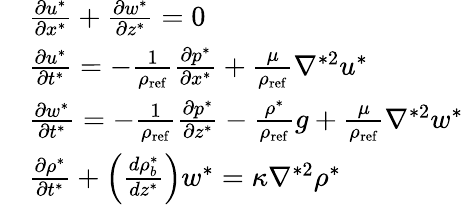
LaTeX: \begin{array}{rl}&{\frac{\partial u^{*}}{\partial x^{*}}+\frac{\partial w^{*}}{\partial z^{*}}=0}\\ &{\frac{\partial u^{*}}{\partial t^{*}}=-\frac{1}{\rho_{\mathrm{ref}}}\frac{\partial p^{*}}{\partial x^{*}}+\frac{\mu}{\rho_{\mathrm{ref}}}\nabla^{*2}u^{*}}\\ &{\frac{\partial w^{*}}{\partial t^{*}}=-\frac{1}{\rho_{\mathrm{ref}}}\frac{\partial p^{*}}{\partial z^{*}}-\frac{\rho^{*}}{\rho_{\mathrm{ref}}}g+\frac{\mu}{\rho_{\mathrm{ref}}}\nabla^{*2}w^{*}}\\ &{\frac{\partial\rho^{*}}{\partial t^{*}}+\left(\frac{d\rho_{b}^{*}}{dz^{*}}\right)w^{*}=\kappa\nabla^{*2}\rho^{*}}\end{array}